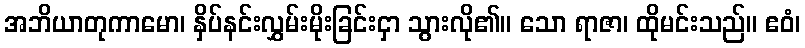
အဘိယာတုကာမော၊ နှိပ်နင်းလွှမ်းမိုးခြင်းငှာ သွားလို၏။ သော ရာဇာ၊ ထိုမင်းသည်။ ဧဝံ၊